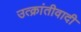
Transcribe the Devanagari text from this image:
उत्क्रांतीवादी